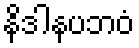
နိဒါနပဘဝံ